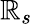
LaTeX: \mathbb{R}_{s}